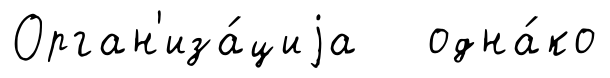
Орган'иза́циjа одна́ко